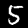
Digit: 5